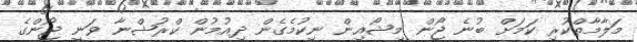
މަލާމާތްކުރި ކަމަށް ބުނެ ޖޯން މިޝޯއިން ނިކުމެގެން ދިއުމުން ކްރުޝްނާ ވަނީ ޖޯންގެ